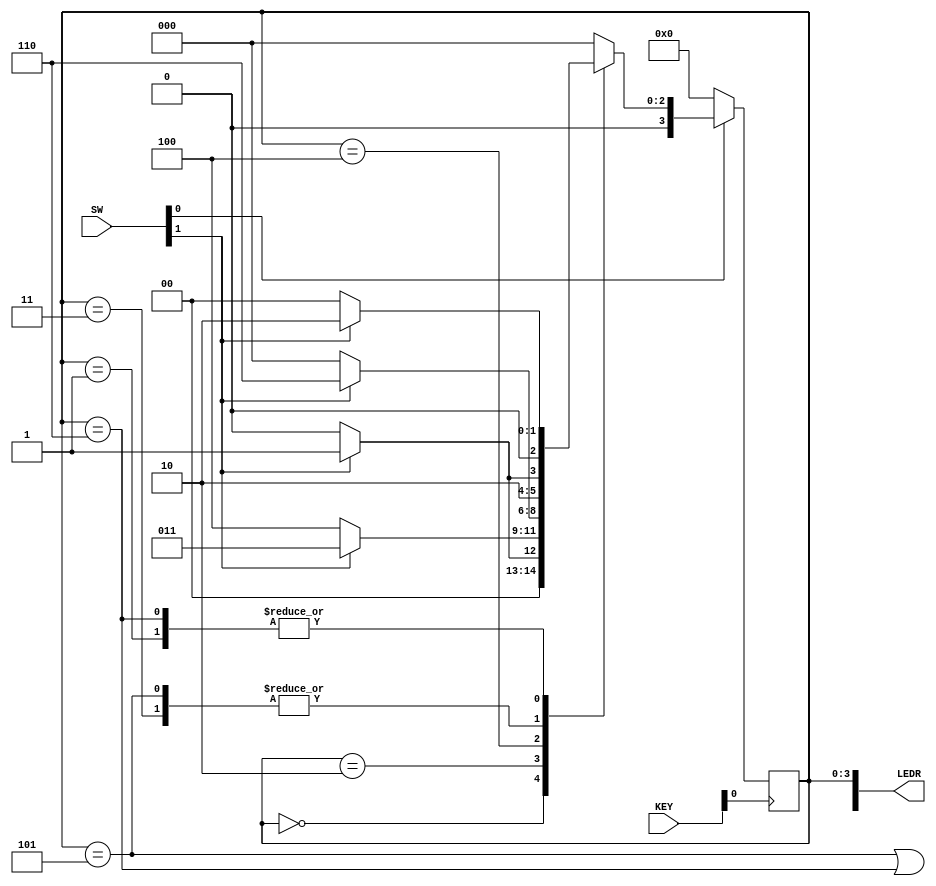
module detectPatternOut(SW, KEY, LEDR);
	input [9:0] SW;
	input [3:0] KEY;
	output [9:0] LEDR;
	wire w, clock, reset_b;
	reg [3:0] y_Q, Y_D; // y_Q represents current state, Y_D represents next state
	wire out_light;
	parameter A = 4'b0000, B = 4'b0001, C = 4'b0010, D = 4'b0011, E = 4'b0100, F = 4'b0101, G = 4'b0110;
	assign w = SW[1];
	assign clock = KEY[0];
	assign reset_b = SW[0];
// State table
	always @(*)
		begin: state_table
			case (y_Q)
				A: begin
					if (!w) 
						Y_D = A;
					else
						Y_D = B;
					end
					
				B: begin
					if(!w) 
						Y_D = A;
					else 
						Y_D = C;
					end
					
				C: begin
					if(!w) 
						Y_D = E;
					else 
						Y_D = D;
					end
					
				D: begin
					if(!w) 
						Y_D = E;
					else 
						Y_D = F;
					end
					
				E: begin
					if(!w) 
						Y_D = A;
					else 
						Y_D = G;
					end
					
				F: begin
					if(!w) 
						Y_D = E;
					else 
						Y_D = F;
					end
					
				G: begin
					if(!w) 
						Y_D = A;
					else 
						Y_D = C;
					end
				default: Y_D = A;
			endcase
		end // state_table
	// State Registers
	always @(posedge clock)
		begin: state_FFs
		if(reset_b == 1'b0)
			y_Q <= 4'b0000;
		else
			y_Q <= Y_D;
		end // state_FFS
	// Output logic
	// Set out_light to 1 to turn on LED when in relevant states
	assign out_light = ((y_Q == F) | (y_Q == G));
	// Connect to I/O
	assign LEDR[9] = out_light;
	assign LEDR[3:0] = y_Q;
endmodule